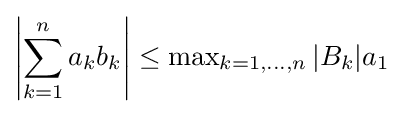
\left|\sum _{k=1}^{n}a_{k}b_{k}\right|\leq \operatorname {max} _{k=1,\dots ,n}|B_{k}|a_{1}